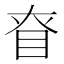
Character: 眘